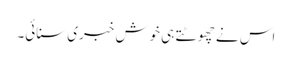
اس نے چھوٹتے ہی خوش خبری سنائی۔